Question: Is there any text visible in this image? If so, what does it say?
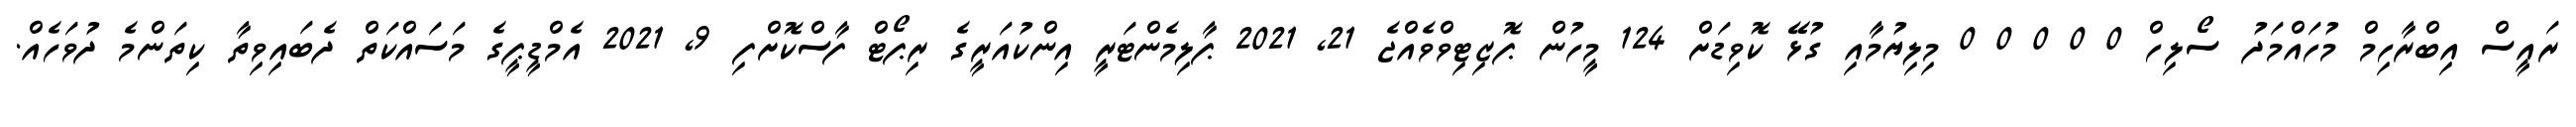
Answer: ރައީސް އިބްރާހިމް މުހައްމަދު ސޯލިހް 0 0 0 0 0 މިލިޔުމާއި ގުޅޭ ކޮވިޑަށް 124 މީހުން ޕޮޒިޓިވްވެއްޖެ 21, 2021 ޕާލިމެންޓަރީ އިންކުއަރީގެ ރިޕޯޓް ފާސްކޮށްފި 9, 2021 އެމްޑީޕީގެ މަސައްކަތް ދެބައިވިތާ ކިތަންމެ ދުވަހެއް.